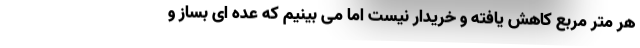
هر متر مربع کاهش یافته و خریدار نیست اما می بینیم که عده ای بساز و